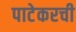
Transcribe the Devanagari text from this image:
पाटेकरची